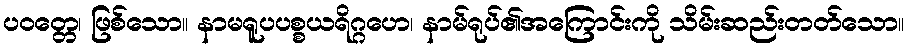
ပဝတ္တေ၊ ဖြစ်သော။ နာမရူပပစ္စယရိဂ္ဂဟေ၊ နာမ်ရုပ်၏အကြောင်းကို သိမ်းဆည်းတတ်သော။